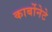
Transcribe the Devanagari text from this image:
कार्बोनेटे